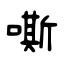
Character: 嘶